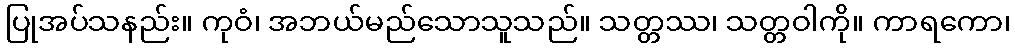
ပြုအပ်သနည်း။ ကုဝံ၊ အဘယ်မည်သောသူသည်။ သတ္တဿ၊ သတ္တဝါကို။ ကာရကော၊